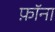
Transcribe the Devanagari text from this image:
फ़ॉना